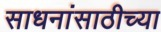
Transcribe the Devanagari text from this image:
साधनांसाठीच्या